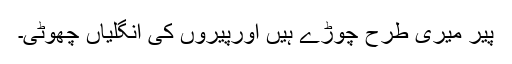
پیر میری طرح چوڑے ہیں اورپیروں کی انگلیاں چھوٹی۔